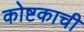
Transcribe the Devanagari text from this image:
कोष्टकाची